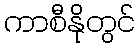
ကာစီနိုတွင်